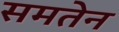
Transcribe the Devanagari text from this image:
समतेन